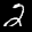
Label: 2